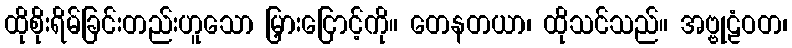
ထိုစိုးရိမ်ခြင်းတည်းဟူသော မြှားငြောင့်ကို။ တေနတယာ၊ ထိုသင်သည်။ အဗ္ဗုဠံဝတ၊